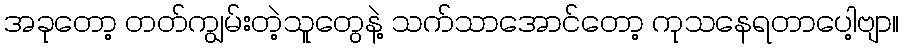
အခုတော့ တတ်ကျွမ်းတဲ့သူတွေနဲ့ သက်သာအောင်တော့ ကုသနေရတာပေါ့ဗျာ။